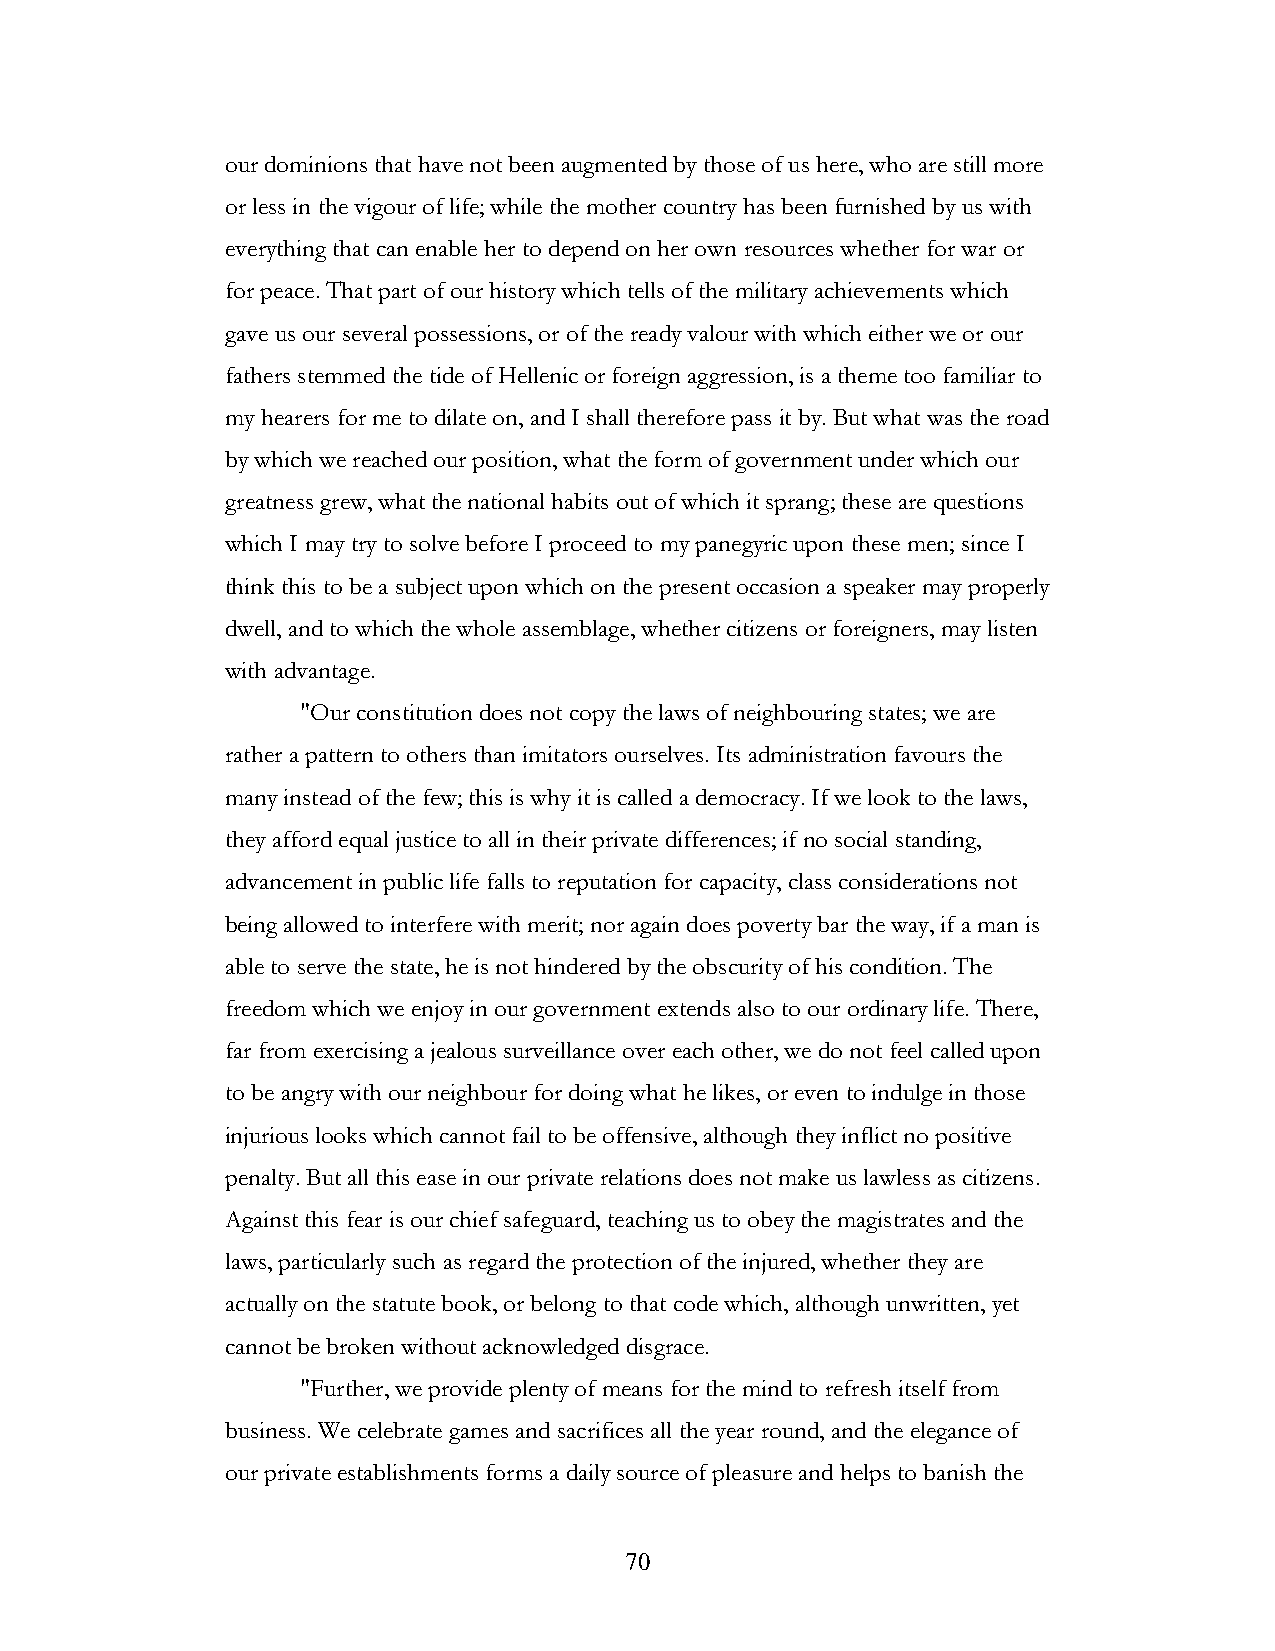
our dominions that have not been augmented by those of us here, who are still more
 or less in the vigour of life; while the mother country has been furnished by us with
 everything that can enable her to depend on her own resources whether for war or
 for peace. That part of our history which tells of the military achievements which
 gave us our several possessions, or of the ready valour with which either we or our
 fathers stemmed the tide of Hellenic or foreign aggression, is a theme too familiar to
 my hearers for me to dilate on, and I shall therefore pass it by. But what was the road
 by which we reached our position, what the form of government under which our
 greatness grew, what the national habits out of which it sprang; these are questions
 which I may try to solve before I proceed to my panegyric upon these men; since I
 think this to be a subject upon which on the present occasion a speaker may properly
 dwell, and to which the whole assemblage, whether citizens or foreigners, may listen
 with advantage.
 "Our constitution does not copy the laws of neighbouring states; we are
 rather a pattern to others than imitators ourselves. Its administration favours the
 many instead of the few; this is why it is called a democracy. If we look to the laws,
 they afford equal justice to all in their private differences; if no social standing,
 advancement in public life falls to reputation for capacity, class considerations not
 being allowed to interfere with merit; nor again does poverty bar the way, if a man is
 able to serve the state, he is not hindered by the obscurity of his condition. The
 freedom which we enjoy in our government extends also to our ordinary life. There,
 far from exercising a jealous surveillance over each other, we do not feel called upon
 to be angry with our neighbour for doing what he likes, or even to indulge in those
 injurious looks which cannot fail to be offensive, although they inflict no positive
 penalty. But all this ease in our private relations does not make us lawless as citizens.
 Against this fear is our chief safeguard, teaching us to obey the magistrates and the
 laws, particularly such as regard the protection of the injured, whether they are
 actually on the statute book, or belong to that code which, although unwritten, yet
 cannot be broken without acknowledged disgrace.
 "Further, we provide plenty of means for the mind to refresh itself from
 business. We celebrate games and sacrifices all the year round, and the elegance of
 our private establishments forms a daily source of pleasure and helps to banish the
 !                         70